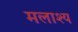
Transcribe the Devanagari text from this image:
मलाश्य